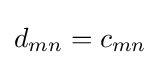
d_{mn}=c_{mn}